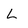
Character: L